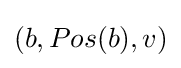
(b,Pos(b),v)